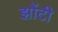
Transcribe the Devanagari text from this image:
झोंटी